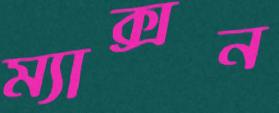
ম্যাক্সন